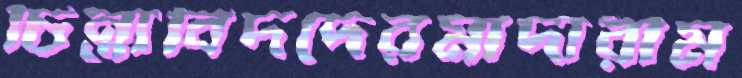
চিন্তাবিদদেরমাদারীম